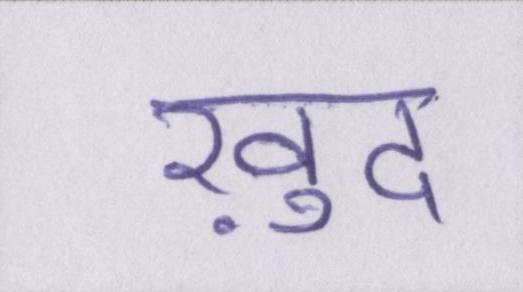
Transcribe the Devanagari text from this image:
ख़ुद